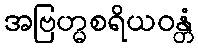
အဗြဟ္မစရိယဝန္တံ